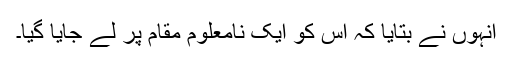
انہوں نے بتایا کہ اس کو ایک نامعلوم مقام پر لے جایا گیا۔